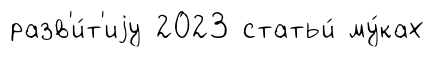
разв'и́т'иjу 2023 статьи́ му́ках